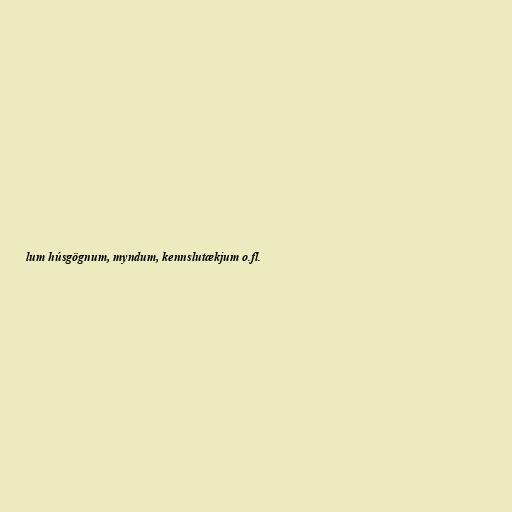
lum húsgögnum, myndum, kennslutækjum o.fl.